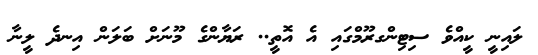
ލައިނީ ކީއްވެ ސިޓިންގރޫމްގައި އެ އޮތީ.. ރަޔާންގެ މޫނަށް ބަލަން އިނދެ ލީނާ